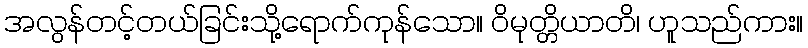
အလွန်တင့်တယ်ခြင်းသို့ရောက်ကုန်သော။ ဝိမုတ္တိယာတိ၊ ဟူသည်ကား။